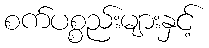
စက်ပစ္စည်းများနှင့်